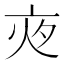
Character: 𡖍